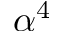
\alpha ^ { 4 }